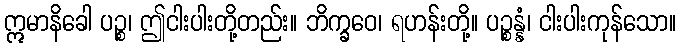
ဣမာနိခေါ ပဉ္စ၊ ဤငါးပါးတို့တည်း။ ဘိက္ခဝေ၊ ရဟန်းတို့။ ပဉ္စန္နံ၊ ငါးပါးကုန်သော။